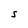
Character: S